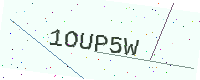
Text: 1OUP5W